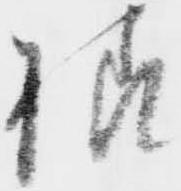
様